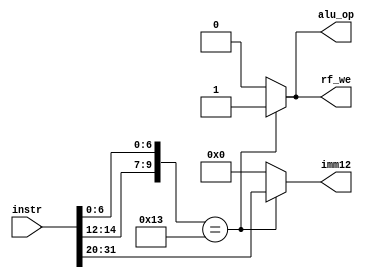
module control
( input [31:0] instr,

 output reg [11:0] imm12,
 output reg rf_we,
 output reg alu_op


);

wire [6:0] opcode = instr[6:0];
wire [2:0] funct3 = instr[14:12];

always @(*) begin

rf_we = 1'b0;
alu_op = 1'b0;
imm12 = 12'b0;

casez ({funct3,opcode})

	10'b000_0010011: begin
			rf_we = 1'b1;
			alu_op = 1'b1;
			imm12 = instr[31:20];
		end
	default: ;
	endcase
end
endmodule